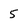
Character: 5